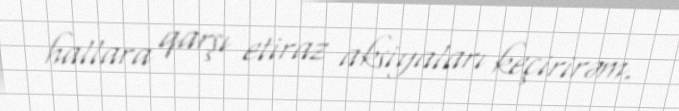
hallara qarşı etiraz aksiyaları keçirirəm.